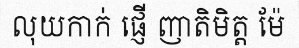
លុយកាក់ ផ្ញើ ញាតិមិត្ត ម៉ែ